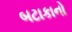
બટાકાનો